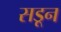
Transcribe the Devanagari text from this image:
सडून